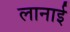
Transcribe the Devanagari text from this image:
लानाई